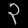
Digit: ၃